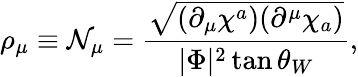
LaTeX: \rho_{\mu}\equiv{\cal N}_{\mu}=\frac{\sqrt{(\partial_{\mu}\chi^{a})(\partial^{\mu}\chi_{a})}}{|\Phi|^{2}\tan\theta_{W}},